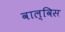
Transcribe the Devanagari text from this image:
वाल्विस